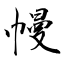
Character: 幔